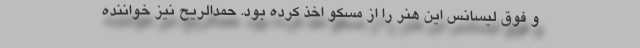
و فوق لیسانس این هنر را از مسکو اخذ کرده بود. حمدالریح نیز خواننده